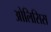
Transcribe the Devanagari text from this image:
ओलिसिस